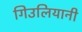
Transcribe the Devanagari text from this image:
गिउलियानी